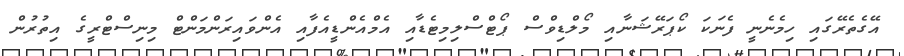
އޭގެތެރޭގައި ހިމެނެނީ ފެނަކަ ކޯޕަރޭޝަނާއި މޯލްޑިވްސް ޕޯޓްސްލިމިޓެޑާއި އެމްއެންޑީއެފާއި އެންވައިރަންމަންޓް މިނިސްޓްރީގެ އިތުރުން